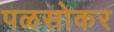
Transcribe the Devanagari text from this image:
पळसोकर